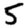
Digit: 5